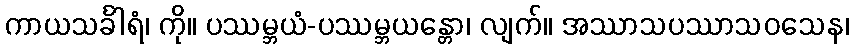
ကာယသင်္ခါရံ၊ ကို။ ပဿမ္ဘယံ-ပဿမ္ဘယန္တော၊ လျက်။ အဿာသပဿာသဝသေန၊